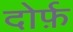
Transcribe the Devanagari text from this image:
दोर्फ़